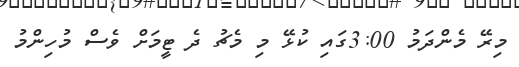
މިރޭ މެންދަމު 3:00ގައި ކުޅޭ މި މެޗު ދެ ޓީމަށް ވެސް މުހިންމު